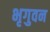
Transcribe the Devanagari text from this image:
भृगुवन